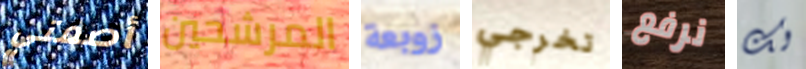
أصمتي المرشحين زوبعة تخرجي نرفع لك